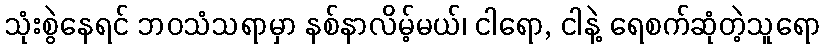
သုံးစွဲနေရင် ဘဝသံသရာမှာ နစ်နာလိမ့်မယ်၊ ငါရော, ငါနဲ့ ရေစက်ဆုံတဲ့သူရော